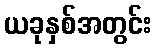
ယခုနှစ်အတွင်း